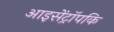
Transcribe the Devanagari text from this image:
आइसेंट्रॉपकि